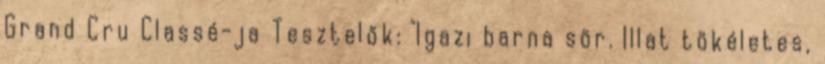
Grand Cru Classé-ja Tesztelők: "Igazi barna sör. Illat tökéletes,